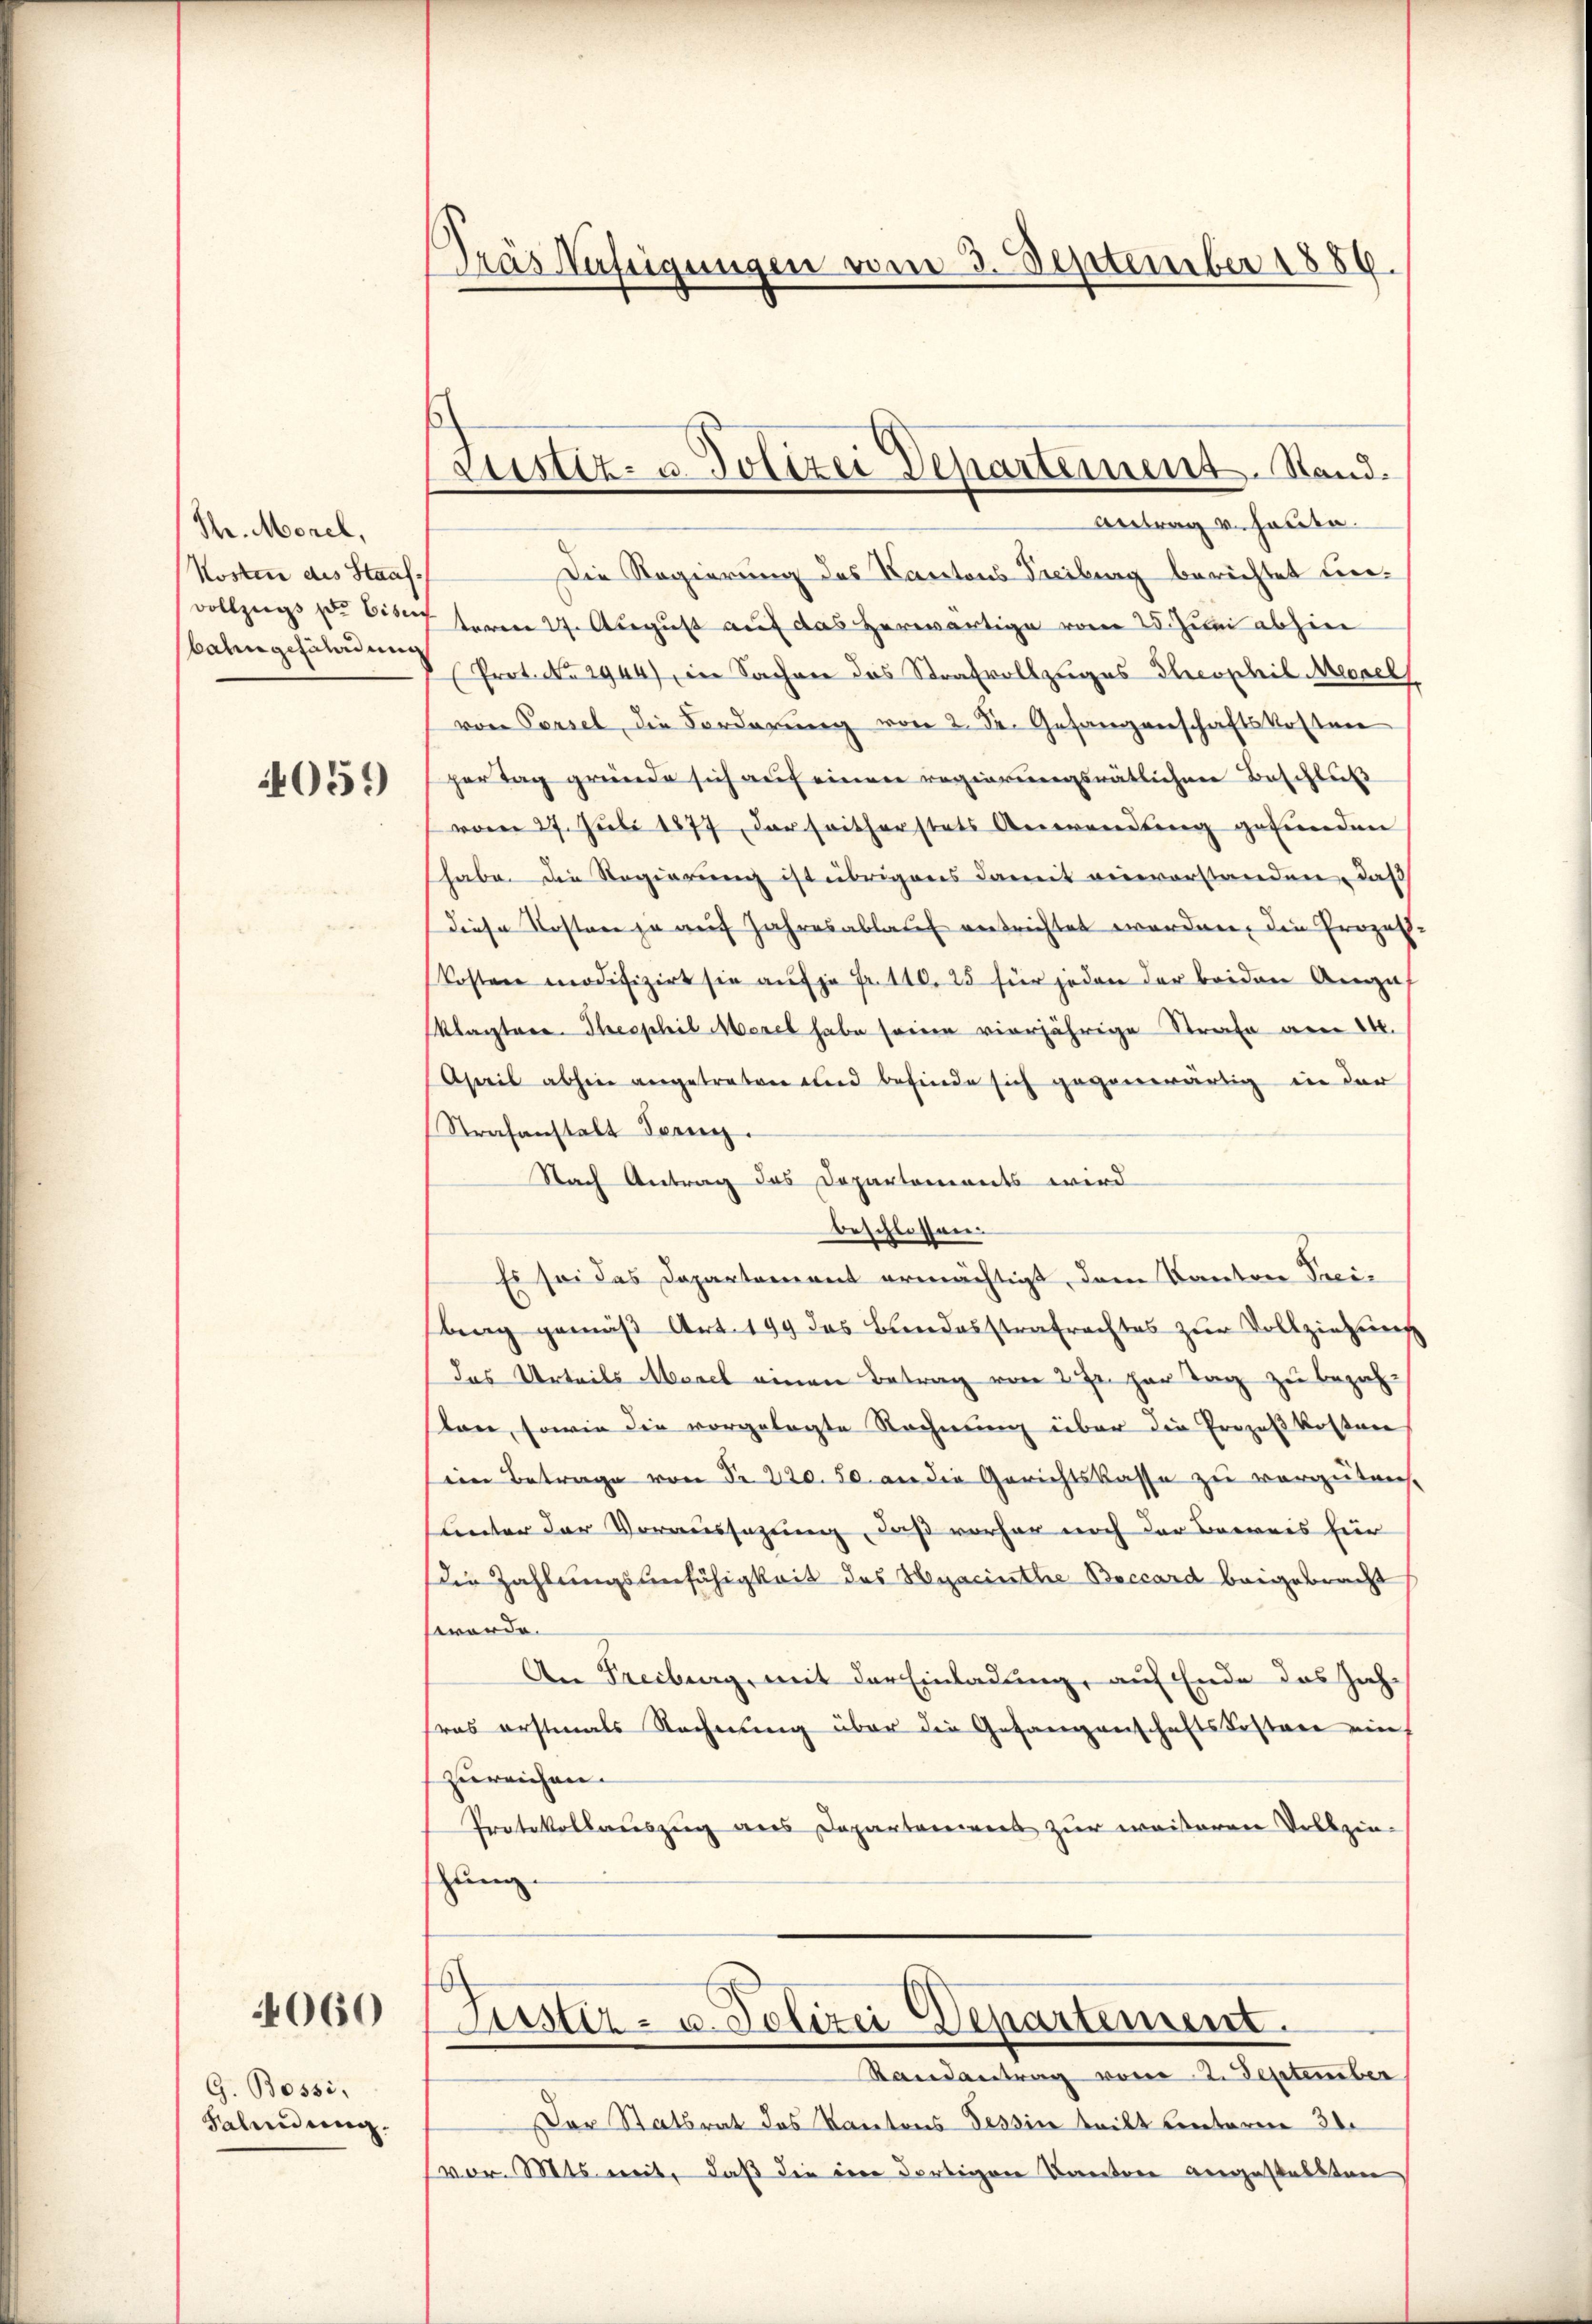
Th. Morel,
Kosten des Staafbatingefährdung

4059

4060

G. Bossi,
Salindung.

Träs Mäfügungen vom 3. September 1886.

Justiz- u. Polizei Departement. Stand.

Antrag v. Haute.
Die Regierung des Kantons Freiburg berichtet unvollzugs zu bis term 27. August auf das herwärtige vom 25. Juni abhin
Prot. No 2944), in Sachen das Strafvollzuges Theophil Mecael
von Cassel, die Forderung von 2. Dr. Gefangenschaftskostner
her Tag gründe sich auf einer regierungsrätlichere Beschluß
vom 27. Jŭli 1877 der seitherstets Anwendŭng gefŭnden
habe die Regierŭng ist übrigens damit vervorstanden, daß
diese Kosten ja auf Jahresablauf entrichtet worden, die Prozess-
Kosten modifizirt sie aŭf ja fr. 110. 25 für jeden der beiden Anga
Klagtere Theophil Morel habe seine vierjährige Strafe am 14.
April abhin angetreten und befinde sich gegenwärtig in der
Strafanstalt Fern
Nach Antrag das Departements wird
beschlossen.
Es sei das Departement ermächtigt, dem Kanton Treibrag gemäß Art. 199 das Bundesstrafrachtes zur Vollziehung
Das Urteils Morel einen Betrag von 2 Fr. her Tag zu bezah
lan, sowie die vorgelegte Rechnung über die Prozeßkosten
ein Betrage von Nr. 220. 50. an die Gerichtskasse zu vergüten,
unter der Voraussagung, daß vorher noch der Beweis hier
Die Zahlungsunfähigkeit des Hyaciuthe Baccard beigebracht
worde
An Freiburg, mit der Einladung, auf Ende das Jahfras erstmals Rechnung über die Gefangenschaftsbestere ein
zureichen. |
Protokollauszug aus Departenwert zur waiseren Vollzie-
zung.
Justiz- u. Polizei Departement.
Randantrag vom 2. September
Der Statsrat des Kantons Tessin teilt Centerm 21.
vor. Mts. mit, daß die eine dortigen Kanton angestellten